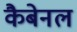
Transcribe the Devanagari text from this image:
कैबेनल